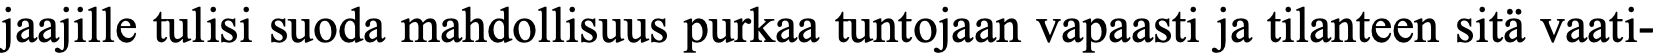
jaajille tulisi suoda mahdollisuus purkaa tuntojaan vapaasti ja tilanteen sitä vaati-